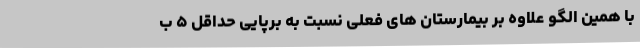
با همین الگو علاوه بر بیمارستان های فعلی نسبت به برپایی حداقل ۵ ب